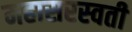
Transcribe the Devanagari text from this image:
महासरस्‍वती